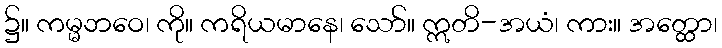
၌။ ကမ္မဘဝေ၊ ကို။ ကရိယမာနေ၊ သော်။ ဣတိ-အယံ၊ ကား။ အတ္ထော၊